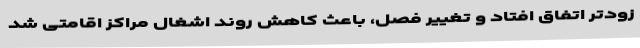
زودتر اتفاق افتاد و تغییر فصل، باعث کاهش روند اشغال مراکز اقامتی شد